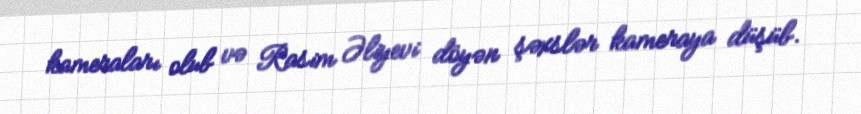
kameraları olub və Rasim Əliyevi döyən şəxslər kameraya düşüb.